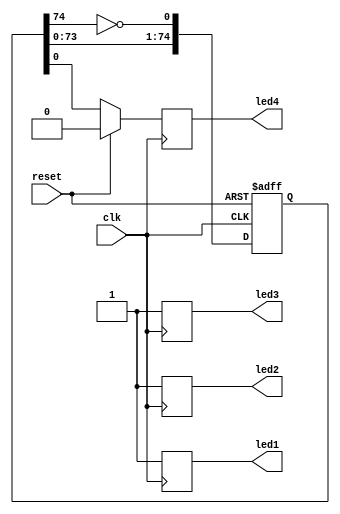
module TemporalThermalCovertChannel (
    input wire clk,      // Clock input
    input wire reset,    // Reset button
    output reg led1, led2, led3, led4 // 4 LED outputs as reg
);

    reg [74:0] ring_oscillator; // Using a large number for more heat generation

    // The Ring Oscillator with Inverters in Series
    always @(posedge clk or posedge reset) begin
        if (reset) begin
            ring_oscillator <= {75{1'b1}}; // Initialize with all 1's
        end else begin
            ring_oscillator[0] <= ~ring_oscillator[74];
            ring_oscillator[74:1] <= ring_oscillator[73:0];
        end
    end

    always @(posedge clk) begin
        if (reset) begin
            {led1, led2, led3} <= 3'b111; // Turn on LEDs 1, 2, and 3
            led4 <= 1'b0;                 // Initialize LED 4
        end else begin
            {led1, led2, led3} <= 3'b111; // Keep LEDs 1, 2, and 3 constantly on
            led4 <= ring_oscillator[0];   // Display the state of the ring oscillator on LED 4
        end
    end

    // Prevent optimization of the ring oscillator
    (* DONT_TOUCH = "true" *) wire prevent_optimization = &ring_oscillator;

endmodule